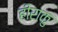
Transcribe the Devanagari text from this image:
हीराकु